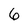
Character: 6